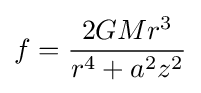
f={\frac {2GMr^{3}}{r^{4}+a^{2}z^{2}}}